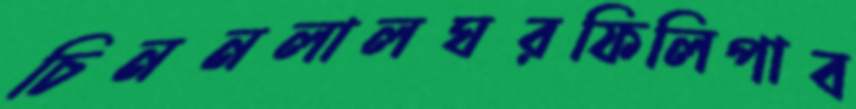
চিননলালঘরফিলিপাব